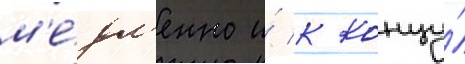
м'е́дл'енно и́ к концу́